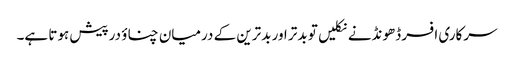
سرکاری افسر ڈھونڈنے نکلیں تو بدتر اور بدترین کے درمیان چناؤ درپیش ہوتا ہے۔